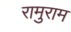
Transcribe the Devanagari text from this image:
रामुराम